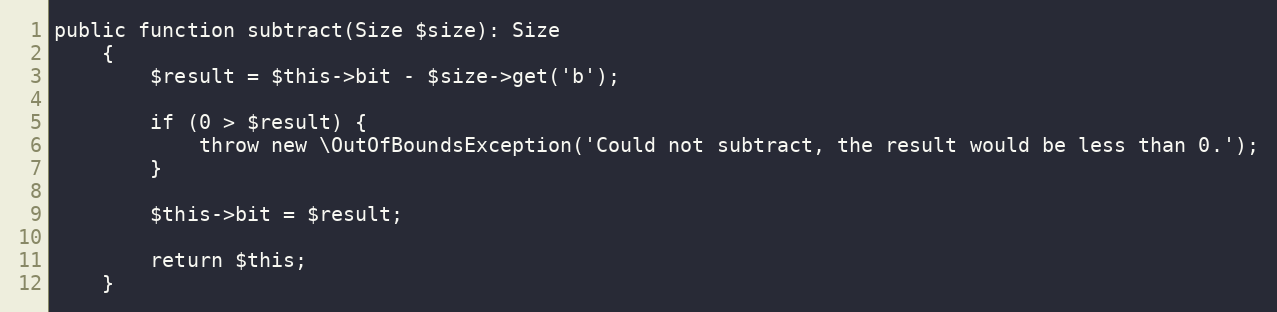
Language: PHP
public function subtract(Size $size): Size
    {
        $result = $this->bit - $size->get('b');

        if (0 > $result) {
            throw new \OutOfBoundsException('Could not subtract, the result would be less than 0.');
        }

        $this->bit = $result;

        return $this;
    }